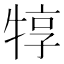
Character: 犉